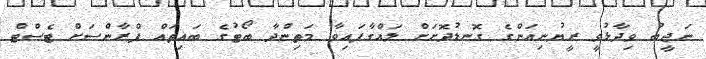
ނަޖީބު ވިދާޅުވީ ރީޔުނިއަންގެ ގޮނޑުދޮށަށް ލައްގާފައިވާ މަތިންދާ ބޯޓުގެ ބައިތައް ފްރާންސަށް ޓެސްޓް